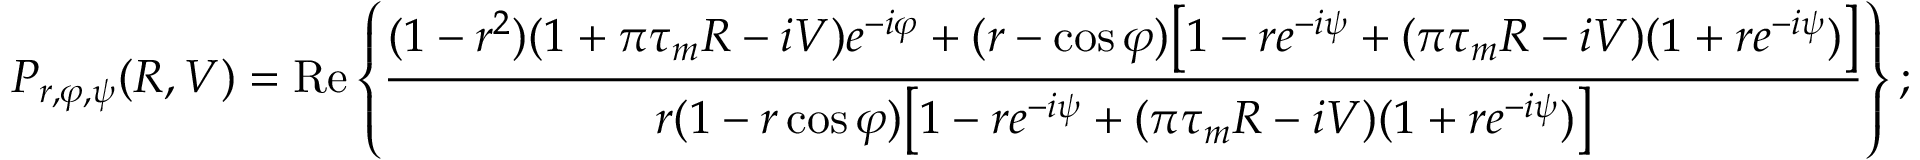
P _ { r , \varphi , \psi } ( R , V ) = \mathrm { R e } \left\{ \frac { ( 1 - r ^ { 2 } ) ( 1 + \pi \tau _ { m } R - i V ) e ^ { - i \varphi } + ( r - \cos \varphi ) \big [ 1 - r e ^ { - i \psi } + ( \pi \tau _ { m } R - i V ) ( 1 + r e ^ { - i \psi } ) \big ] } { r ( 1 - r \cos \varphi ) \big [ 1 - r e ^ { - i \psi } + ( \pi \tau _ { m } R - i V ) ( 1 + r e ^ { - i \psi } ) \big ] } \right\} ;